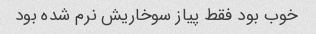
خوب بود فقط پیاز سوخاریش نرم شده بود